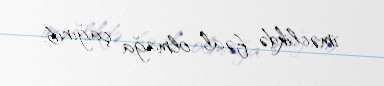
iməclikdə fəal olmağa çağırıb.